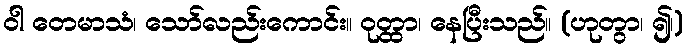
ဝါ တေမာသံ၊ သော်လည်းကောင်း။ ဝုတ္ထာ၊ နေပြီးသည်။ (ဟုတွာ၊ ၍၊)